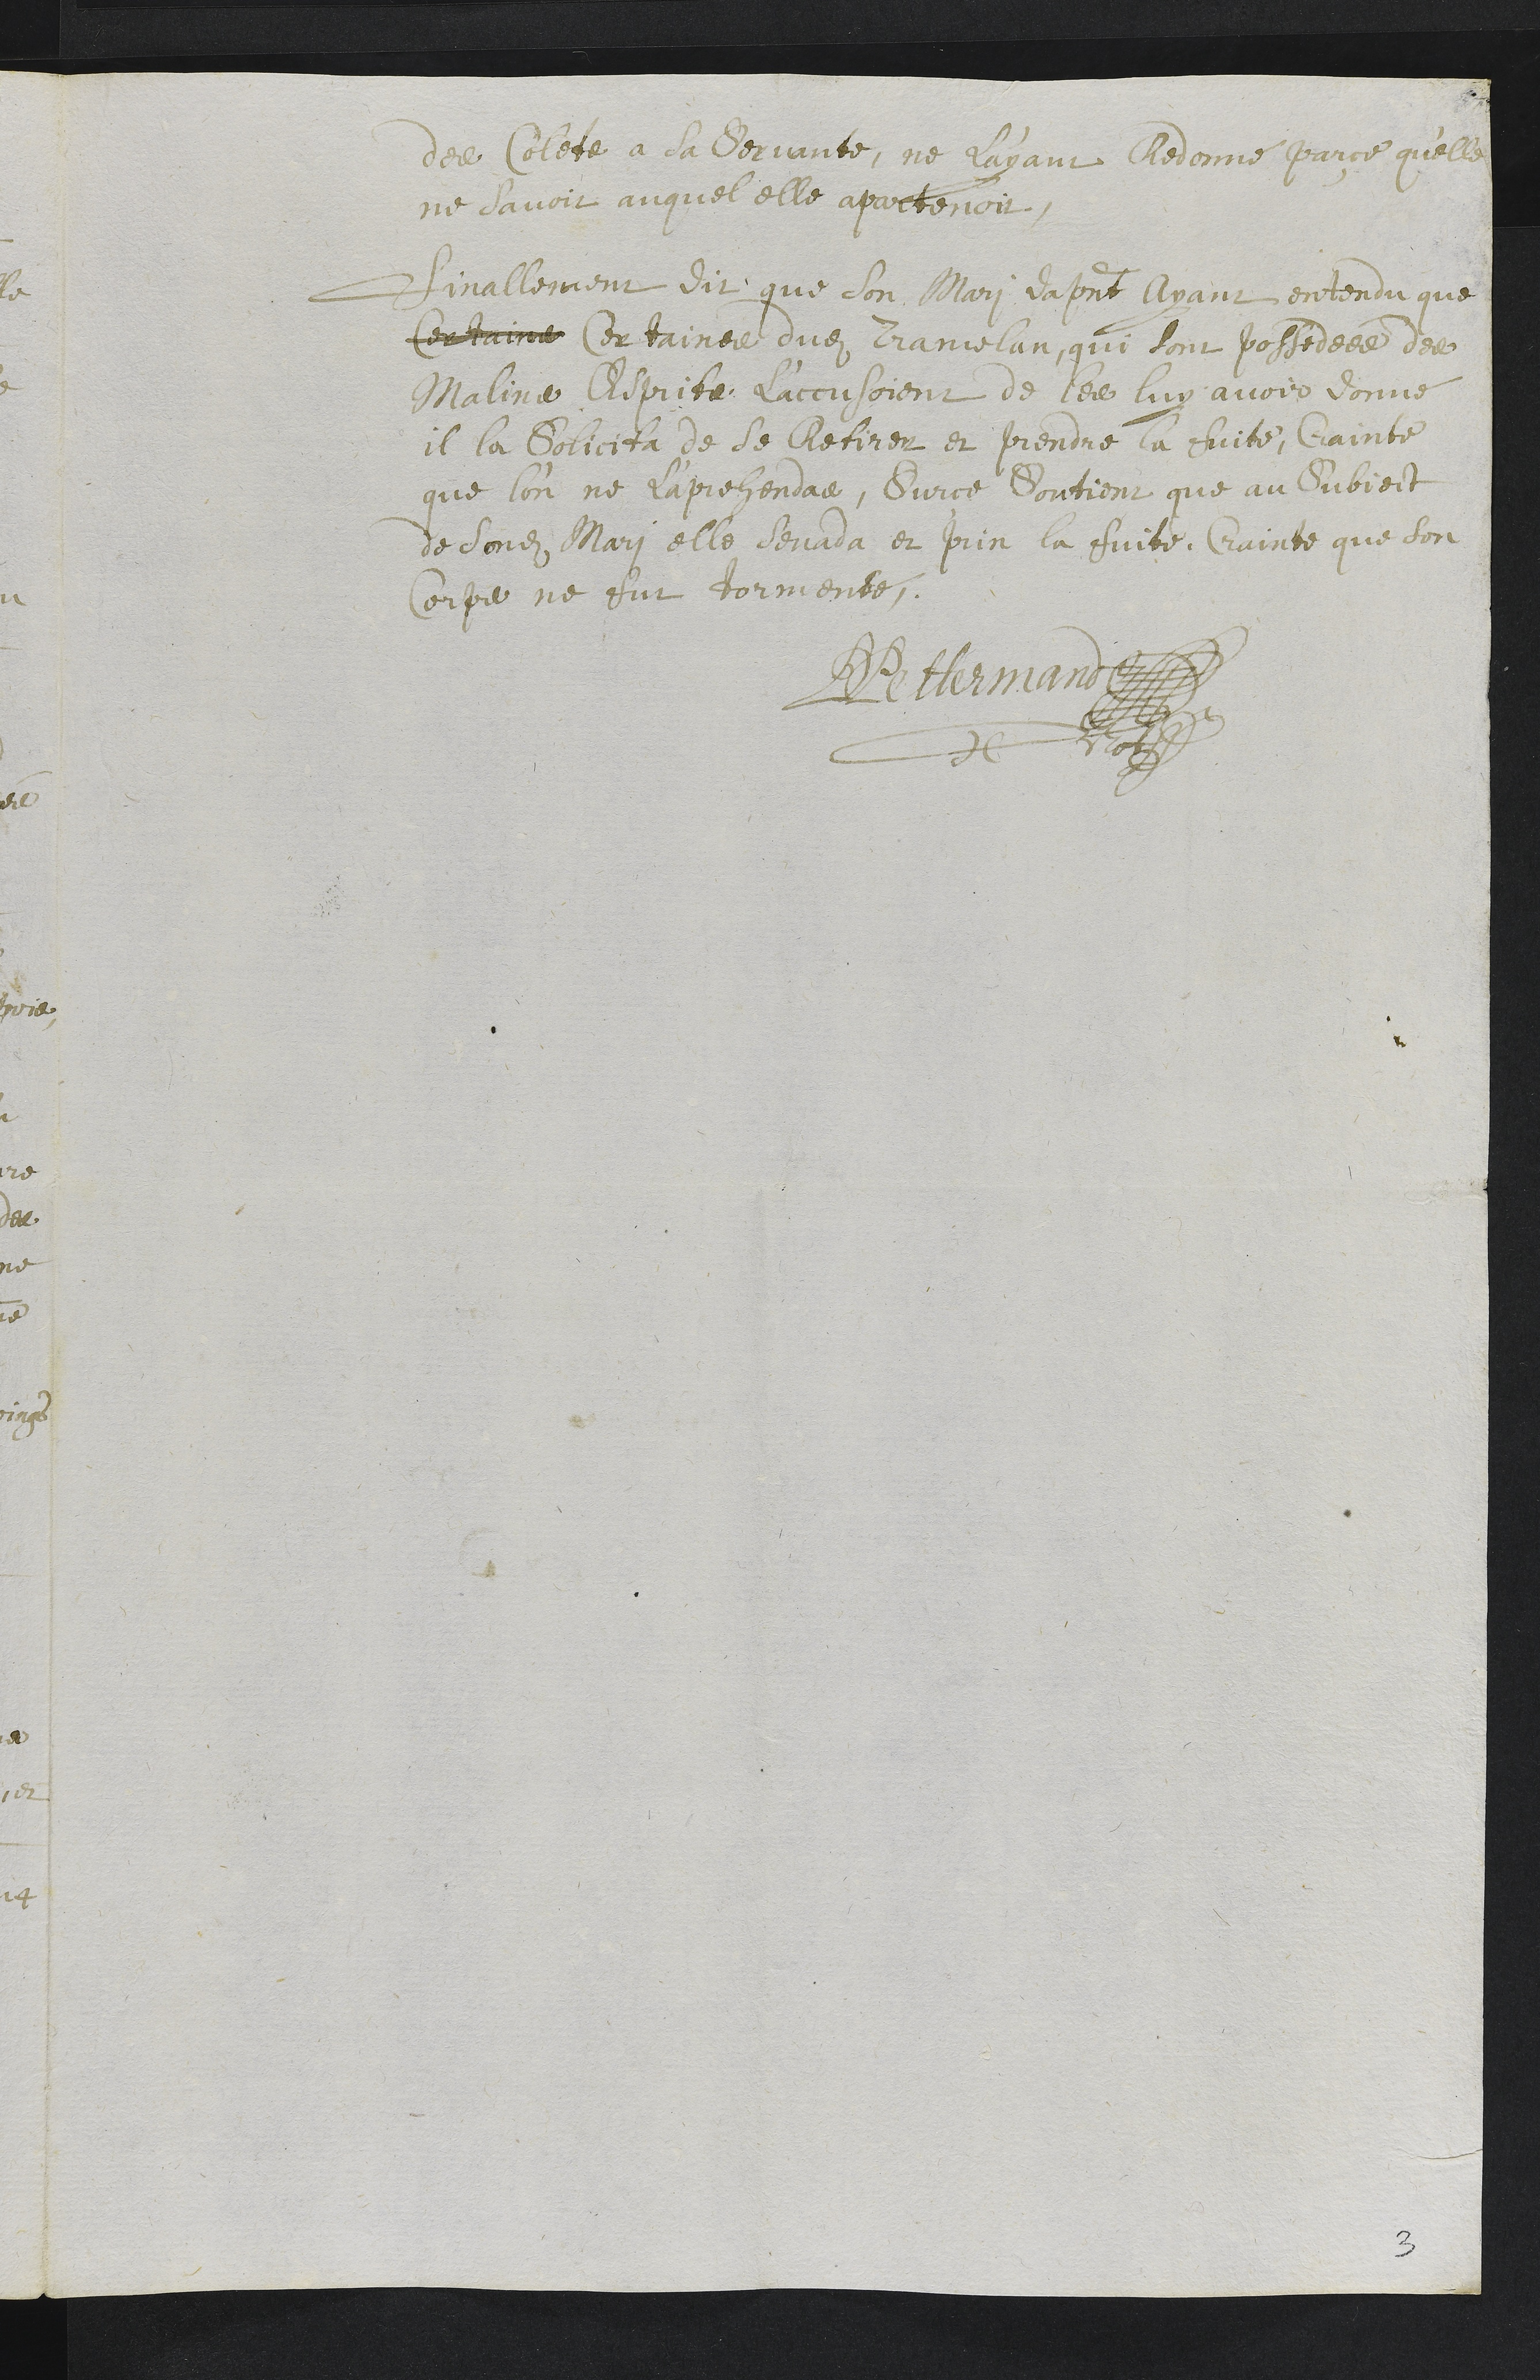
des Colete a sa servante, ne l'ayant Redonné parce quelle
ne davoit auquel elle apartenoit.
Finallement dit que son Mari dapresent ayant entendu que
Certaine cortainee dudit Tranielan, qui sont possedéee des
Maline Ciprita l'’accusoient de les luy avoir donné
il la solicita de se Cletirer et prendre la chiite, Crainte
que lon ne raprehendae, Sur ce Dontient que au Subiect
de sondit Mari elle levada et prin la fuite, crainte que son
corpe ne fut tormente
Rettermand
et Nof
3